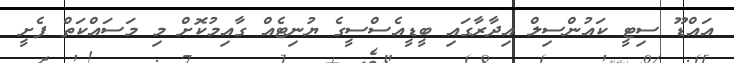
އައްޑޫ ސިޓީ ކައުންސިލް އިދާރާގައި ބީޑީއެސްސީގެ ޔުނިޓެއް ގާއިމުކޮށް މި މަސައްކަތް ފެށީ